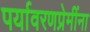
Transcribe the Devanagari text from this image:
पर्यावरणप्रेमींना